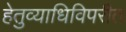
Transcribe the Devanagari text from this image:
हेतुव्याधिविपरीत